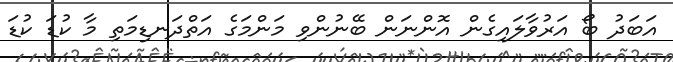
އަބަދު ބޯ އަރުވާލައިގެން އޮންނަން ބޭނުންވި މަންމަގެ އަތްދަނޑިމަތި މާ ކުޑަ ކުޑަ